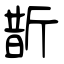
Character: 斮